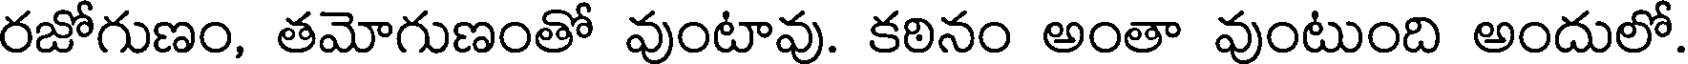
రజోగుణం, తమోగుణంతో వుంటావు. కఠినం అంతా వుంటుంది అందులో.